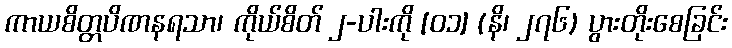
ကာယစိတ္တပိဏနရသာ၊ ကိုယ်စိတ် ၂-ပါးကို [၀၁] (နိ၊ ၂၇၆) ပွားတိုးစေခြင်း